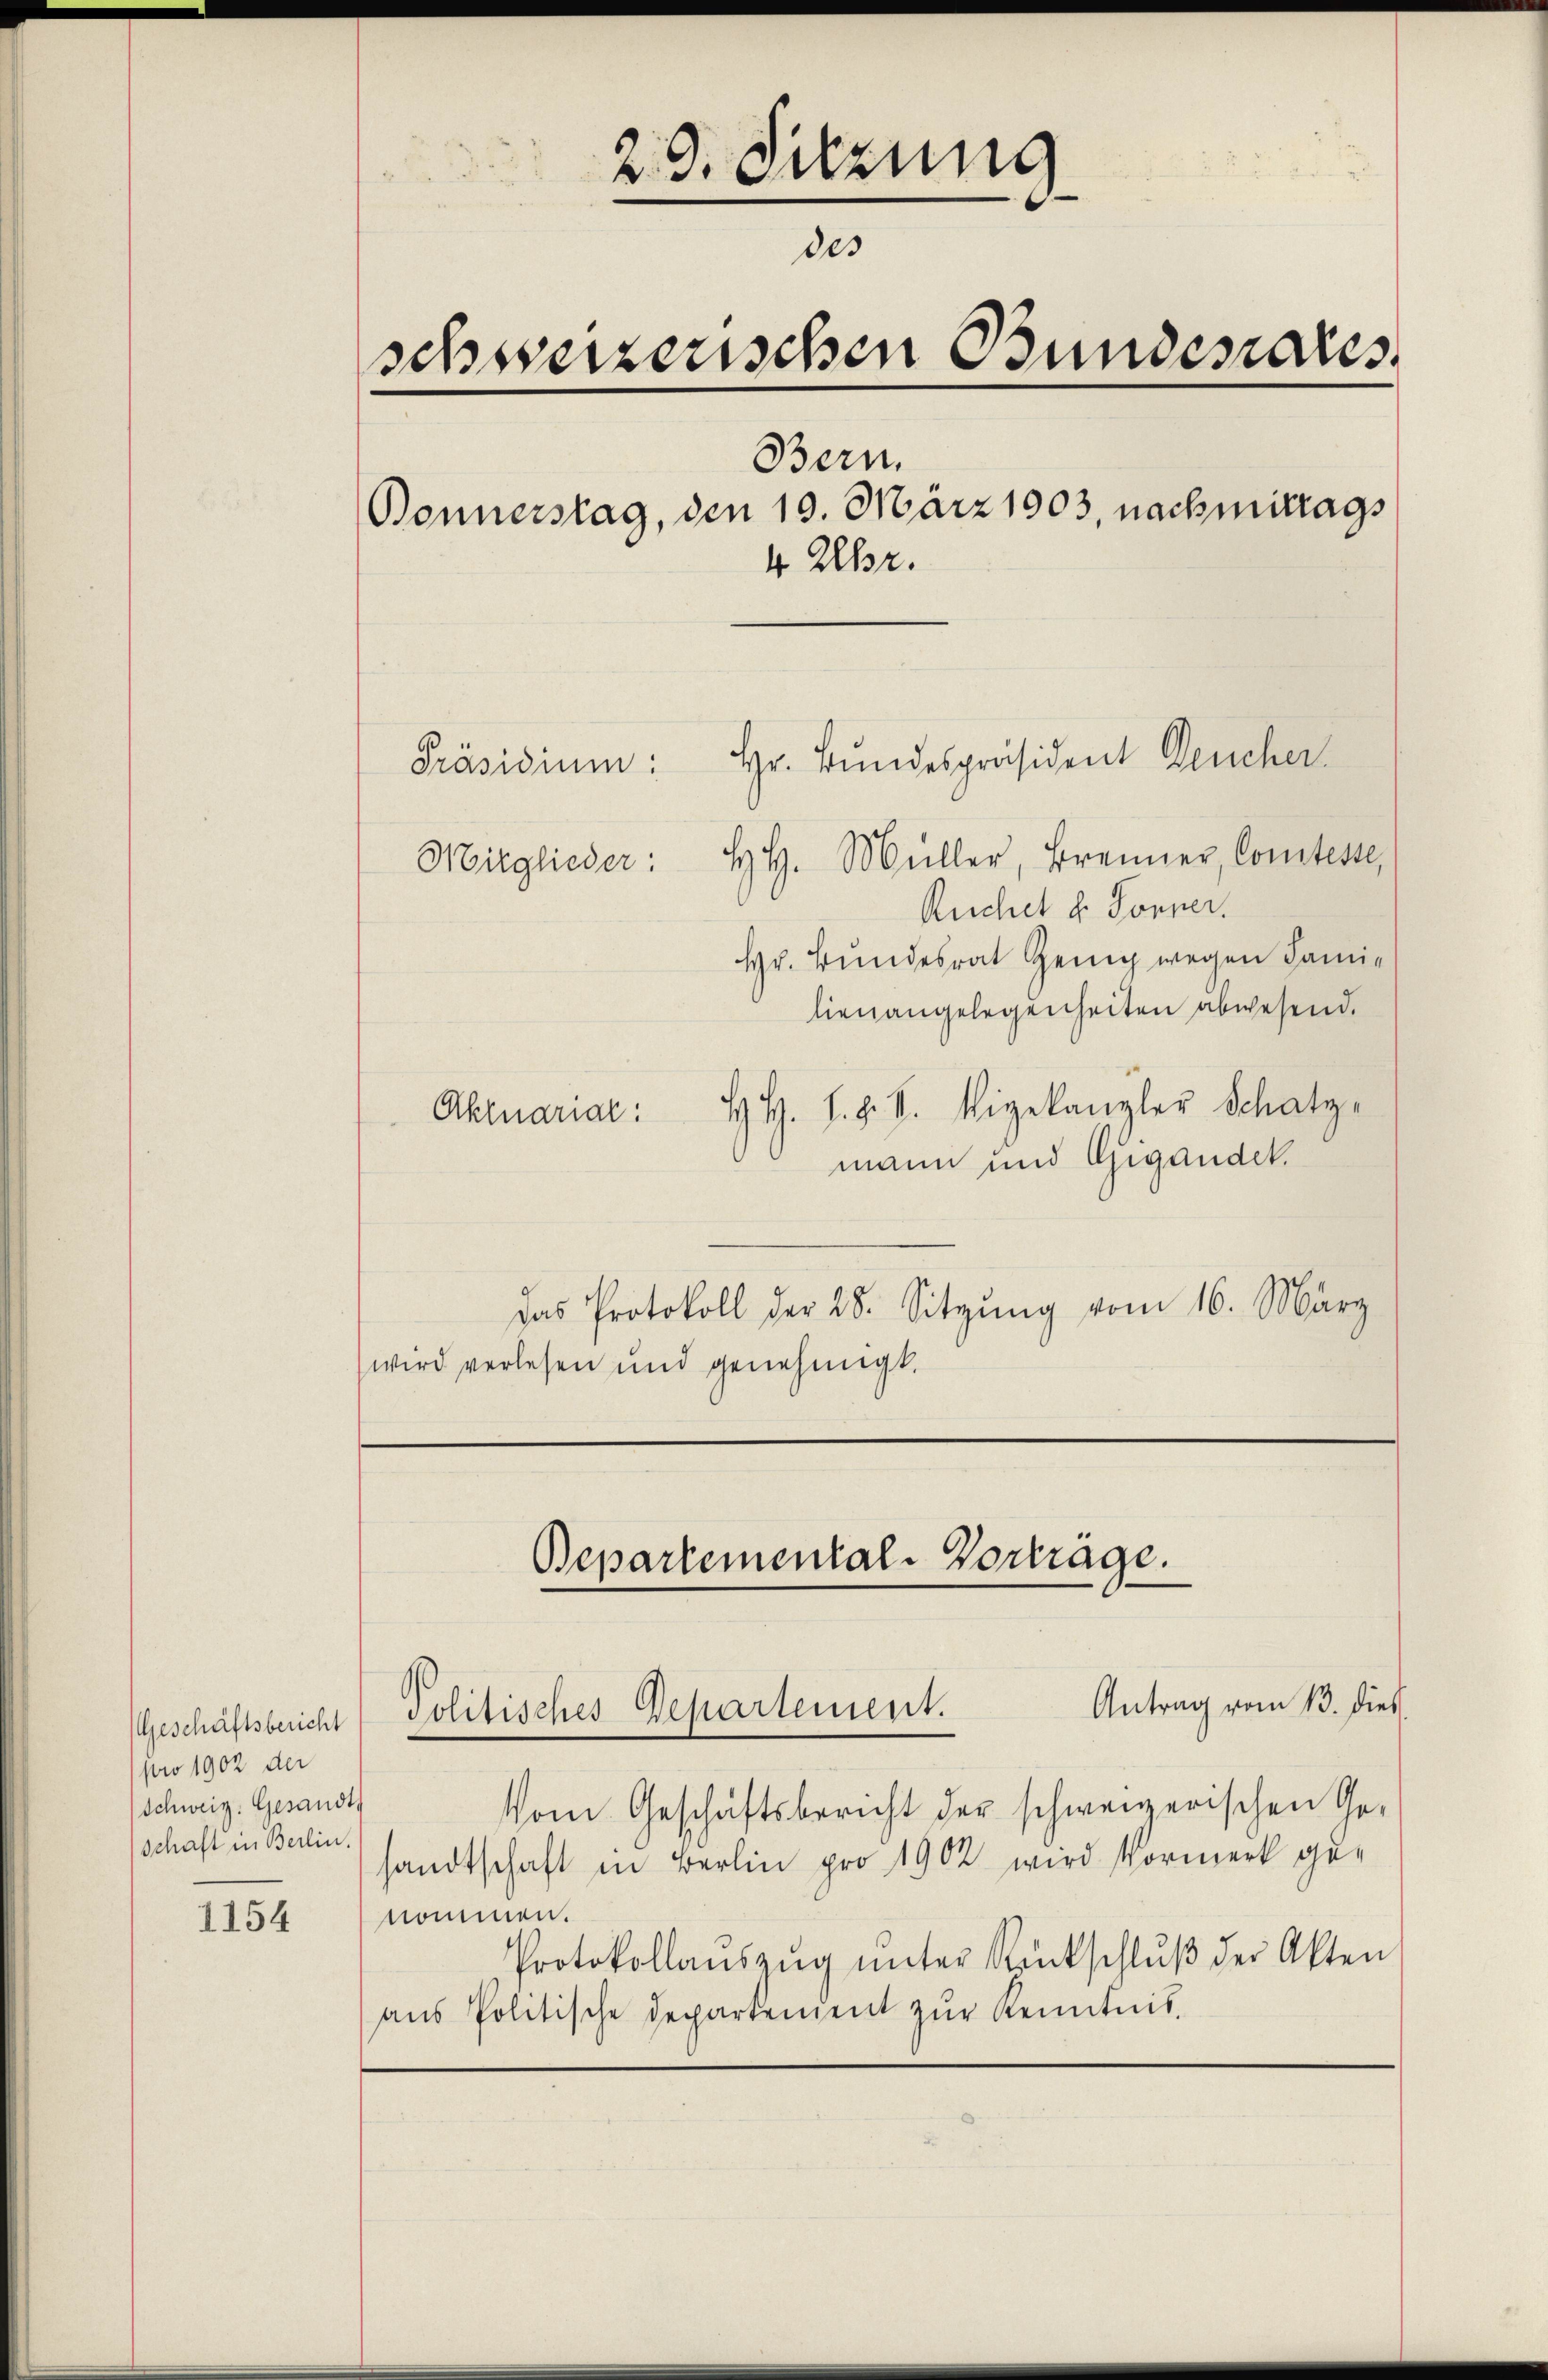
Geschäftsbericht
pro 1902 der
Schweiz. Gesandts
(schaft in Berlin.
1154

29. Sitzung
des
schweizerischen Bundesares
Bern,
Bonnerstag, den 19. März 1903, nachmittags
4 Uhr.
Hr. Bundespräsident Deucher.
Präsidium:
Mitglieder: H. H. Müller, Brenner, Comiteste,

Ruchel d. Sonner.
Hr. Bundesrat Genig wegen Familienangelegenheiten abwesend.
H. H. S. z. B. Vigekanzler Schatz-
Aktuariar:
mann und Gigandel.
das Protokoll der 28. Sitzŭng vom 16. März
wird verlesen und genehmigt.

Vom Geschäftsbericht der schweizerischen Ge-
sandtschaft in Berlin pro 1902 wird Vormerk genommen.
Protokollaŭszŭg ŭnter Rückschlŭβ der Akten
aŭs Politische Departement zŭr Kenntnis

Bepartemental-Vorträge.
Antrag vom 13. dies
Politisches Departement.